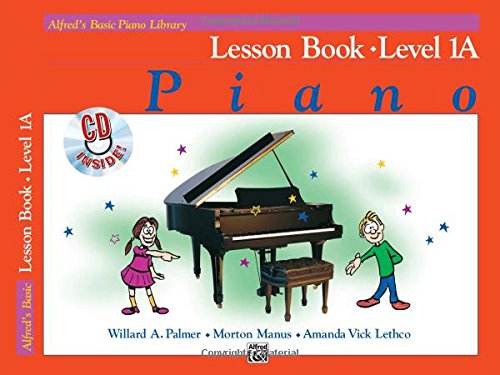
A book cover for Alfred's Basic Piano Lesson Book: Level 1A (Alfred's Basic Piano Library); Willard A. Palmer; Humor & Entertainment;